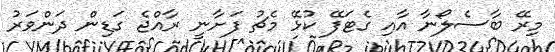
މިރޭ ބާސެލޯނާ އާއި ގެޓަފޭ ކުޅޭ މެޗު ފަށާނީ ރާއްޖެ ގަޑިން ދަންވަރު